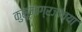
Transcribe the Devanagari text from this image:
कुसूमाग्रजांच्‍या